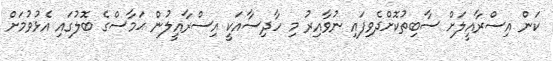
ކަން އިސްރާއީލަށް ސާބިތުކޮށްދެވިފައި ނުވާއިރު މި ހާދިސާއަކީ އިސްރާއީލުން ޙަމާސްގެ ބޮލުގައި އެޅުވުމަށް